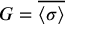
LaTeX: G = { \overline { { \langle \sigma \rangle } } }